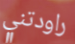
راودتني